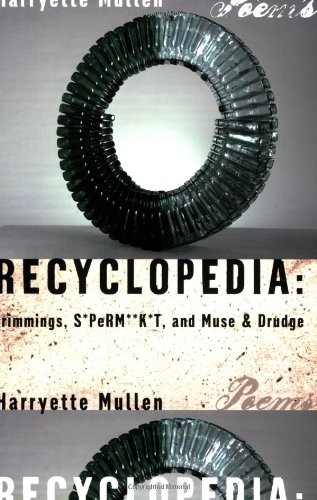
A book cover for Recyclopedia: Trimmings, S*PeRM**K*T, and Muse & Drudge; Harryette Mullen; Literature & Fiction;